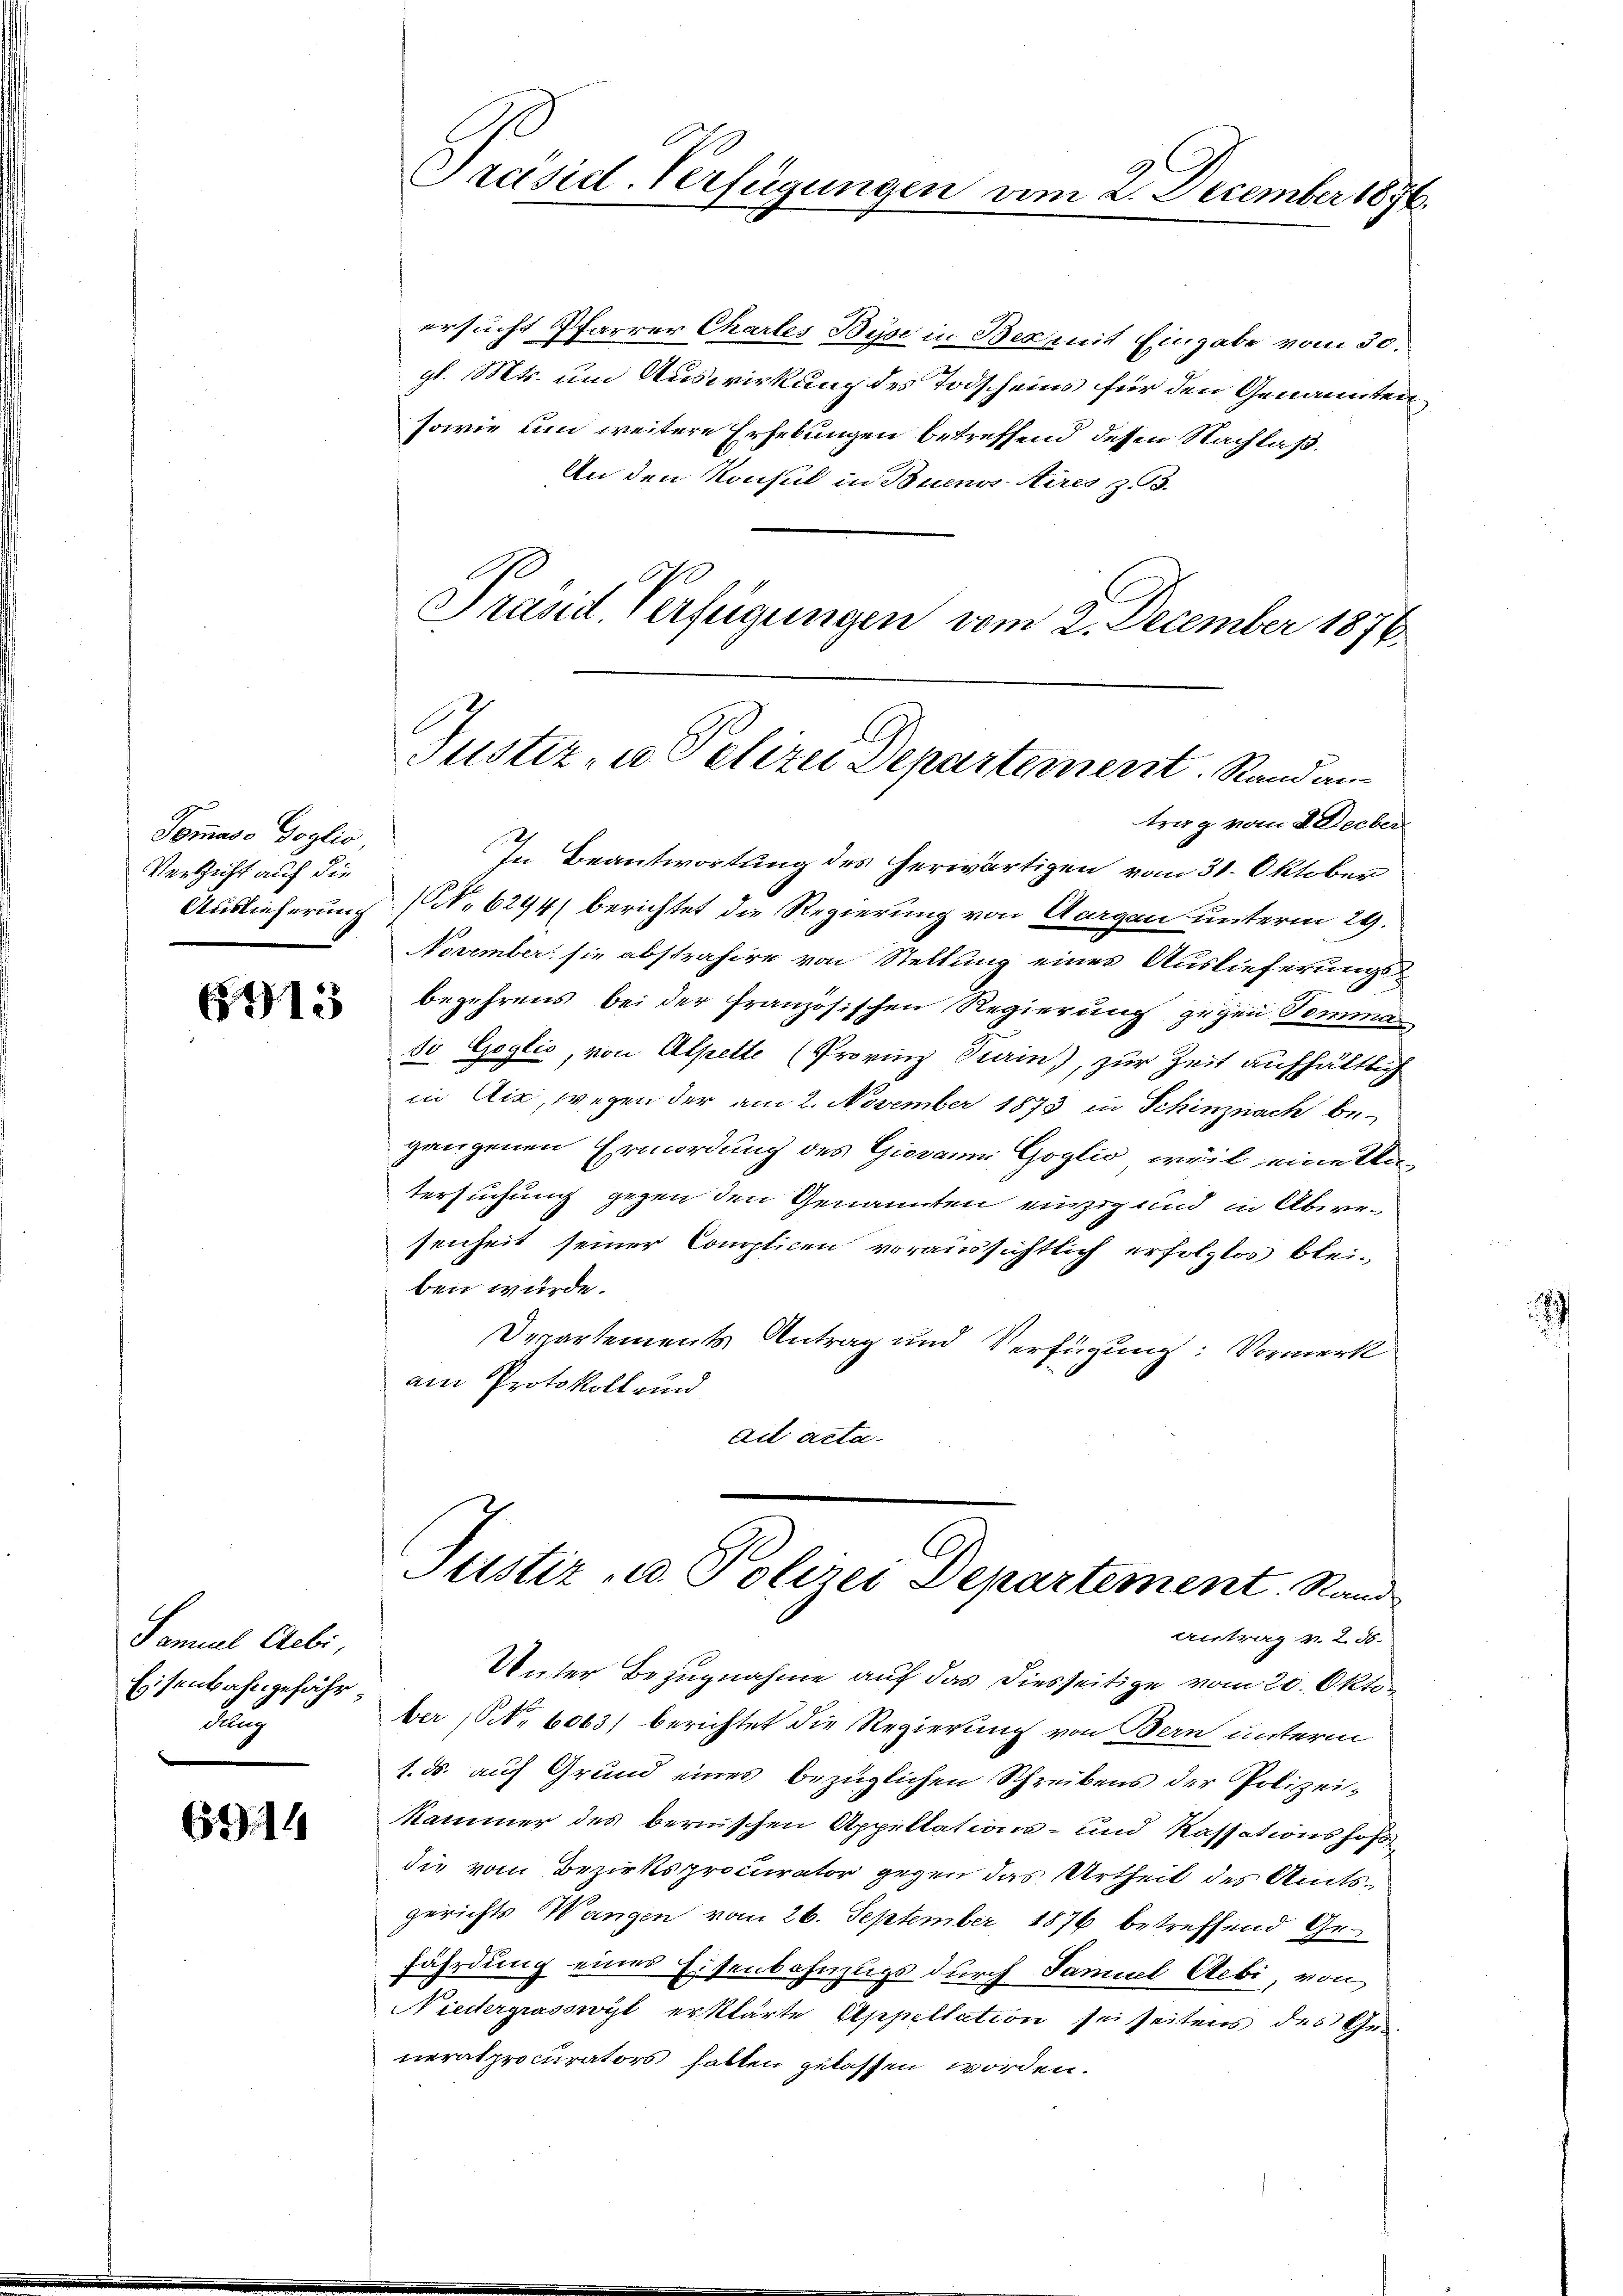
Tomaso Doglio,
Versicht auf die

915

Samuel Aebi
Eisenbahngefähr¬
Au

6914

ersucht Pfarrer Chartes Bise in Bex mit Eingabe vom 30.
gl. Mts. um Auswirkung des Todscheins für den Genannten
sowie um weitere Erhebungen betreffend dessen Nachlaß¬
An den Konsul in Buenos-Aires z. B.
Präsid. Verfügungen vom 2. December 1876.
trag vom 2 Decber
In Beantwortung des herwärtigen vom 31. Oktober
Auslieferung (N. 6294/ berichtet die Regierung von Aargau unterm 29.
November sie abstrahire von Stellung eines Auslieferungsbegehrens bei der französischen Regierung zugen Tomma
so Goglić, von Alpette (Provinz Stein), zur Zeit aufhältlich
in Aix, wegen der am 2. November 1873 in Schinznach be-
gangenen Ermordung des Giovanni Goglio, weil eine Untersuchung gegen den Genannten einzig und in Abwesenheit seiner Complicen voraussichtlich erfolglos bleiben würde.
Departements Antrag und Verfügung: Vormerk
am Protokoll und
ad acta.

Präsid. Verfügungen vom

2. December 1890.

Justiz- u. Polizei Departement. Stand an¬

Justiz- u. Polizei Departement. Stand
Antrag v. 2. 50.

Unter Bezugnahme auf das diesseitige vom 20. Oktober (S. 6063) berichtet die Regierung von Bern unterm
1. ds. auf Grund eines bezüglichen Schreibens der Polizei-
Kammer des bernischen Appellations- und Kassationshof
die vom Bezirksprocurator gegen das Urtheil des Amtsgerichts Wangen vom 26. September 1876 betreffend Gefährdung eines Eisenbahnzugs durch Samuel Aebi, von
Niedergrasswyl erklärte Appellation sei seitens des Generalprocurators hatten gelassen worden.